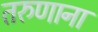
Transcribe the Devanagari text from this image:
तरुणाना